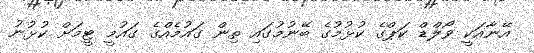
އޭނާއަކީ ވޯލްޑް ކަޕްގެ ކުޅުމުގެ ބޭނުމުގައި ތިން ގައުމެއްގެ ގައުމީ ޓީމަށް ކުޅުނު